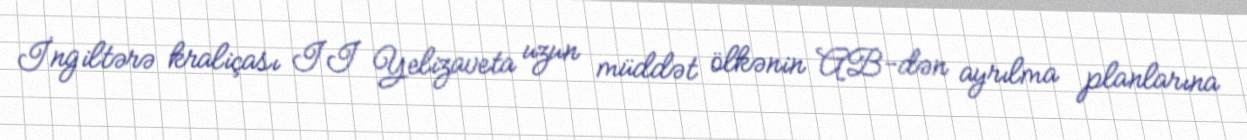
İngiltərə kraliçası II Yelizaveta uzun müddət ölkənin AB-dən ayrılma planlarına